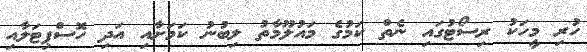
ހުރި މީހަކު ރިސޯޓުގައި ނެތް ކަމުގެ މައުލޫމާތު ލިބުނު ކަމަށާއި އަދި ހޮސްޕިޓަލާއި